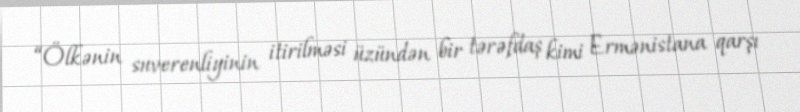
“Ölkənin suverenliyinin itirilməsi üzündən bir tərəfdaş kimi Ermənistana qarşı